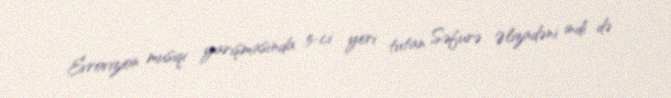
Evrovizion musiqi yarışmasında 5-ci yeri tutan Səfurə Əlizadəni indi də